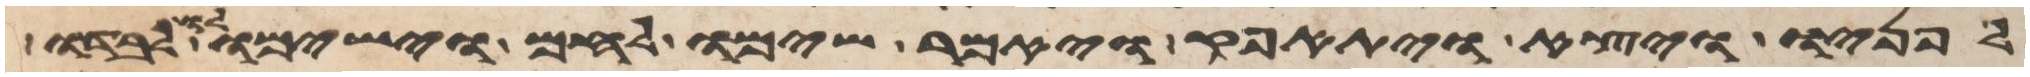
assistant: פניו ויצא ויתאפק ויאמר שימו לחם וישמו לו